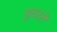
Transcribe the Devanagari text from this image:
पुलटने